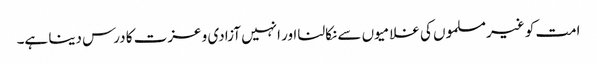
امت کو غیرمسلموں کی غلامیوں سے نکالنا اور انہیں آزادی و عزت کا درس دینا ہے۔